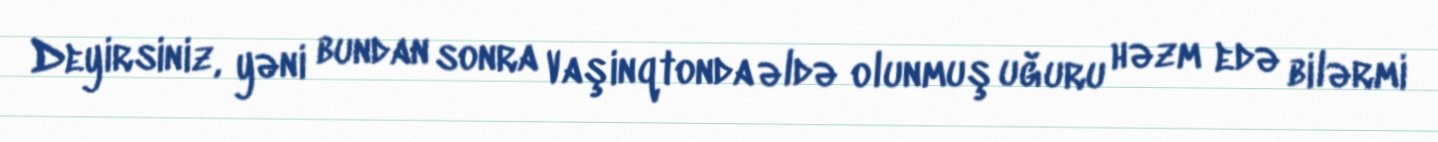
Deyirsiniz, yəni bundan sonra Vaşinqtonda əldə olunmuş uğuru həzm edə bilərmi